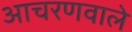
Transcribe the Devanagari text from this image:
आचरणवाले